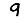
Digit: 9